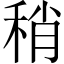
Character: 稍